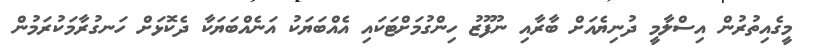
މީގެއިތުރުން އިސްލާމީ ދުނިޔެއަށް ބާރާއި ނުފޫޒު ހިންގުމަށްޓަކައި އެއްބަޔަކު އަނެއްބަޔަކާ ދެކޮޅަށް ހަނގުރާމަކުރަމުން